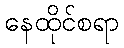
နေထိုင်စရာ